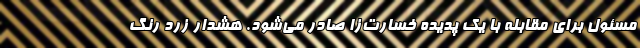
مسئول برای مقابله با یک پدیده خسارت‌زا صادر می‌شود. هشدار زرد رنگ